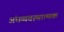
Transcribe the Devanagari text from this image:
अंधव्यवस्थात्मक